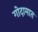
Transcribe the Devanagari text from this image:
गोदामात